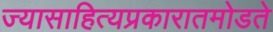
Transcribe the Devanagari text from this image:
ज्यासाहित्यप्रकारातमोडते